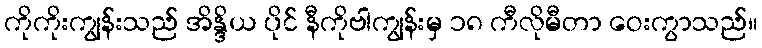
ကိုကိုးကျွန်းသည် အိန္ဒိယ ပိုင် နီကိုဗါကျွန်းမှ ၁၈ ကီလိုမီတာ ဝေးကွာသည်။